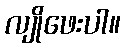
လျိုဖေးပါ။